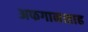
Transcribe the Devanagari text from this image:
अफगानशाह